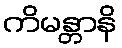
ကိမန္တာနိ